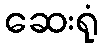
ဆေးရုံ